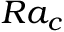
R a _ { c }